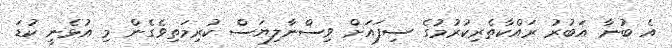
އެ ބުނާ އަބުރު ރައްކާތެރިކުރުމުގެ ސިފައަށް ވިސްނާލިޔަސް ކުރިމަތިވެގެން މި އުޅެނީ ކުޑަ